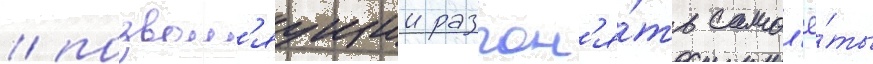
/ позвол'яущии разгон'я́ть самол'ё́ты